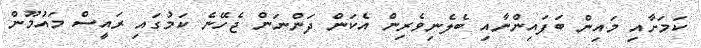
ކަމަށާއި މައިން ބަފައިންނާއި ބެލެނިވެރިން އެކަން ދަންނަން ޖެހޭނެ ކަމުގައި ރައީސް މައުމޫން